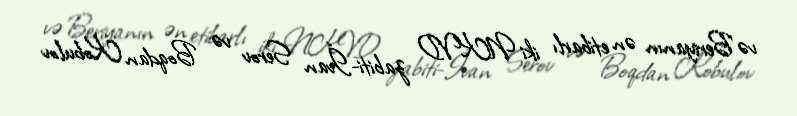
və Beriyanın ən etibarlı iki NKVD zabiti-İvan Serov və Boqdan Kobulov